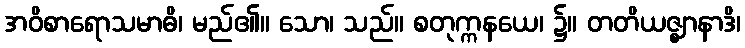
အဝိစာရောသမာဓိ၊ မည်၏။ သော၊ သည်။ စတုက္ကနယေ၊ ၌။ တတိယဇ္ဈာနာဒိ၊